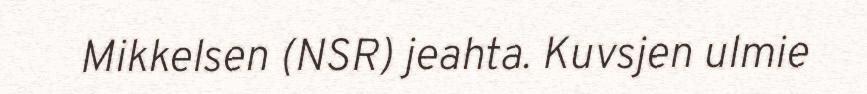
Mikkelsen (NSR) jeahta. Kuvsjen ulmie